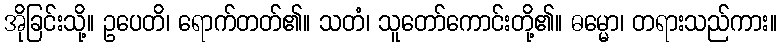
အိုခြင်းသို့။ ဥပေတိ၊ ရောက်တတ်၏။ သတံ၊ သူတော်ကောင်းတို့၏။ ဓမ္မော၊ တရားသည်ကား။